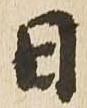
日